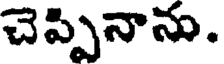
చెప్పినాను.